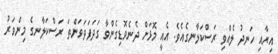
އިރާއި ހަނދު ލެއްވި ރަސްކަލާނގެއެވެ. އެއީ މޮޅަށް ދެނެވޮޑިގެންވާ ގަދަފަދަވަންތަ ރަސްކަލާނގެ މިންވަރު